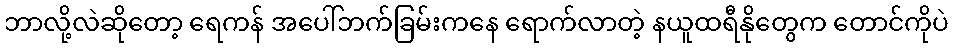
ဘာလို့လဲဆိုတော့ ရေကန် အပေါ်ဘက်ခြမ်းကနေ ရောက်လာတဲ့ နယူထရီနိုတွေက တောင်ကိုပဲ